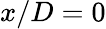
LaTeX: x/D=0